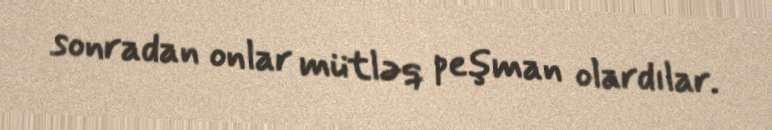
sonradan onlar mütləq peşman olardılar.